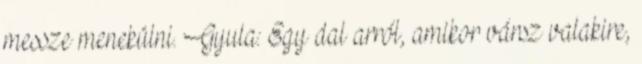
messze menekülni. Gyula: Egy dal arról, amikor vársz valakire,